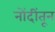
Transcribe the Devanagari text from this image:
नोंदींतून